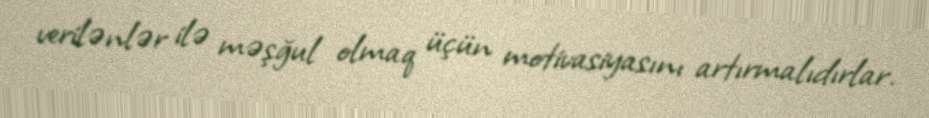
verilənlər ilə məşğul olmaq üçün motivasiyasını artırmalıdırlar.